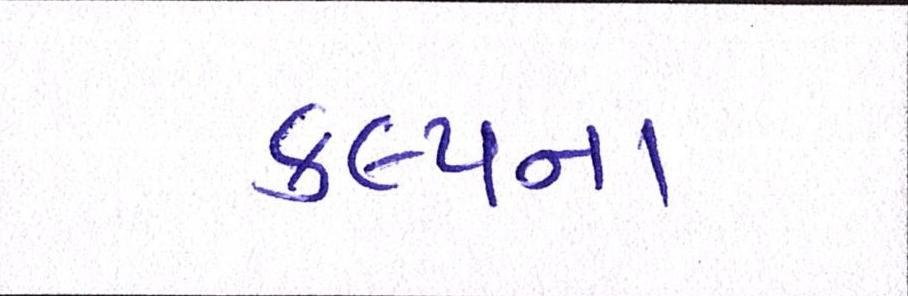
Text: કલ્પના